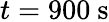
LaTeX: t=900~\mathrm{s}